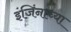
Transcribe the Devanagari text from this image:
इंजिंनाच्या